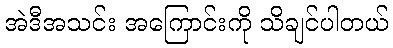
အဲဒီအသင်း အကြောင်းကို သိချင်ပါတယ်